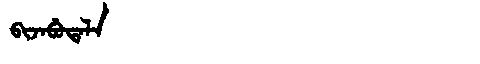
Manchu: ᠪᡳᠵᠠᠪᡠᡨᠠᠯᠠ
Romanization: BIJABUTALA